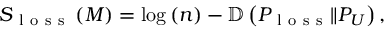
\begin{array} { r } { S _ { \mathrm { ~ l ~ o ~ s ~ s ~ } } \left( M \right) = \log \left( n \right) - \mathbb { D } \left( P _ { \mathrm { ~ l ~ o ~ s ~ s ~ } } \Vert P _ { U } \right) , } \end{array}